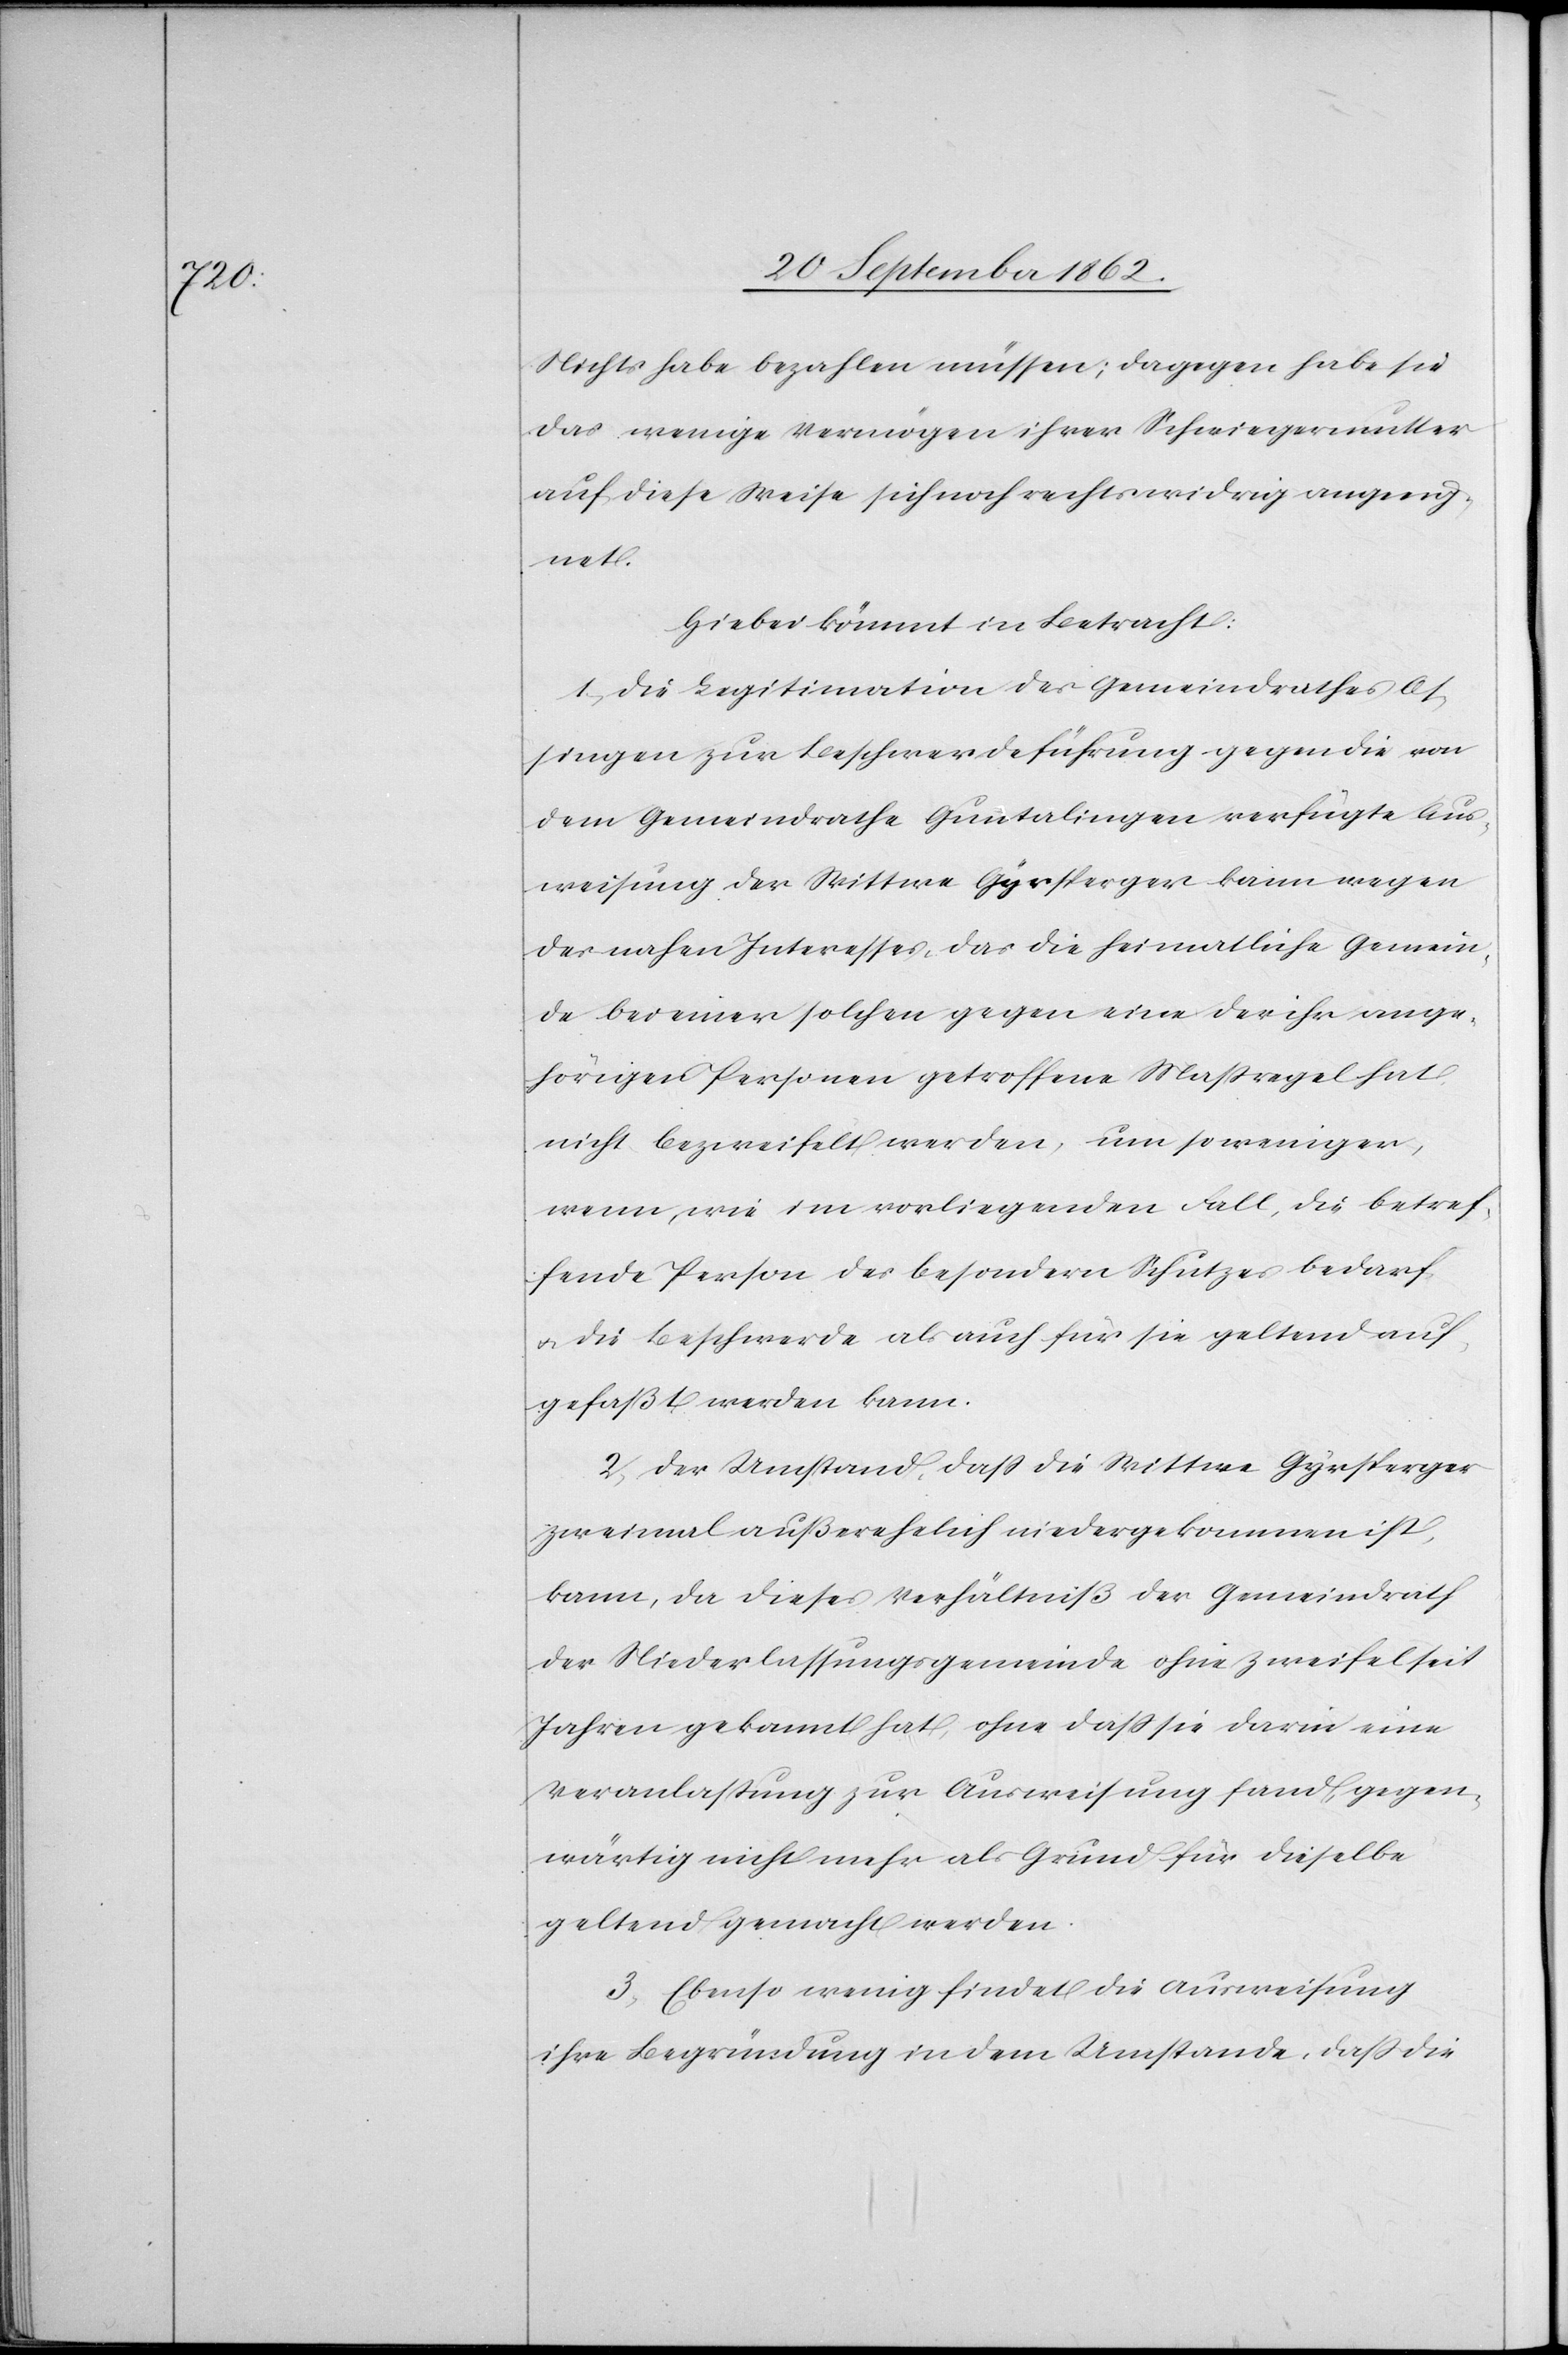
Nichts habe bezahlen müssen; dagegen habe sie
das wenige Vermögen ihrer Schwiegermuter
auf diese Weise sich noch rechtswidrig angeeig¬
net.
Hiebei kommt in Betracht:
1. Die Legitimation des Gemeindrathes Os¬
singen zur Beschwerdeführung gegen die von
dem Gemeindrathe Guntalingen verfügte Aus¬
weisung der Wittwe Gyrsperger kann wegen
des nahen Interesses, das die heimatliche Gemein¬
de bei einer solchen gegen eine der ihr ange¬
hörigen Personen getroffenen Maßregel hat,
nicht bezweifelt werden, um so weniger,
wenn, wie im vorliegenden Fall, die betref¬
fende Person des besondern Schutzes bedarf
u. die Beschwerde als auch für sie geltend auf¬
gefaßt werden kann.
2. Der Umstand, daß die Wittwe Gyrsperger
zu einmal außerehelich niedergekommen ist,
kann, da dieses Verhältniß der Gemeindrath
der Niederlassungsgemeinde ohne Zweifel seit
Jahren gekannt hat, ohne daß sie darin eine
Veranlaßung zur Ausweisung fand, gegen¬
wärtig nicht mehr als Grund für dieselbe
geltend gemacht werden.
3. Ebenso wenig findet die Ausweisung
ihre Begründung in dem Umstande, daß die